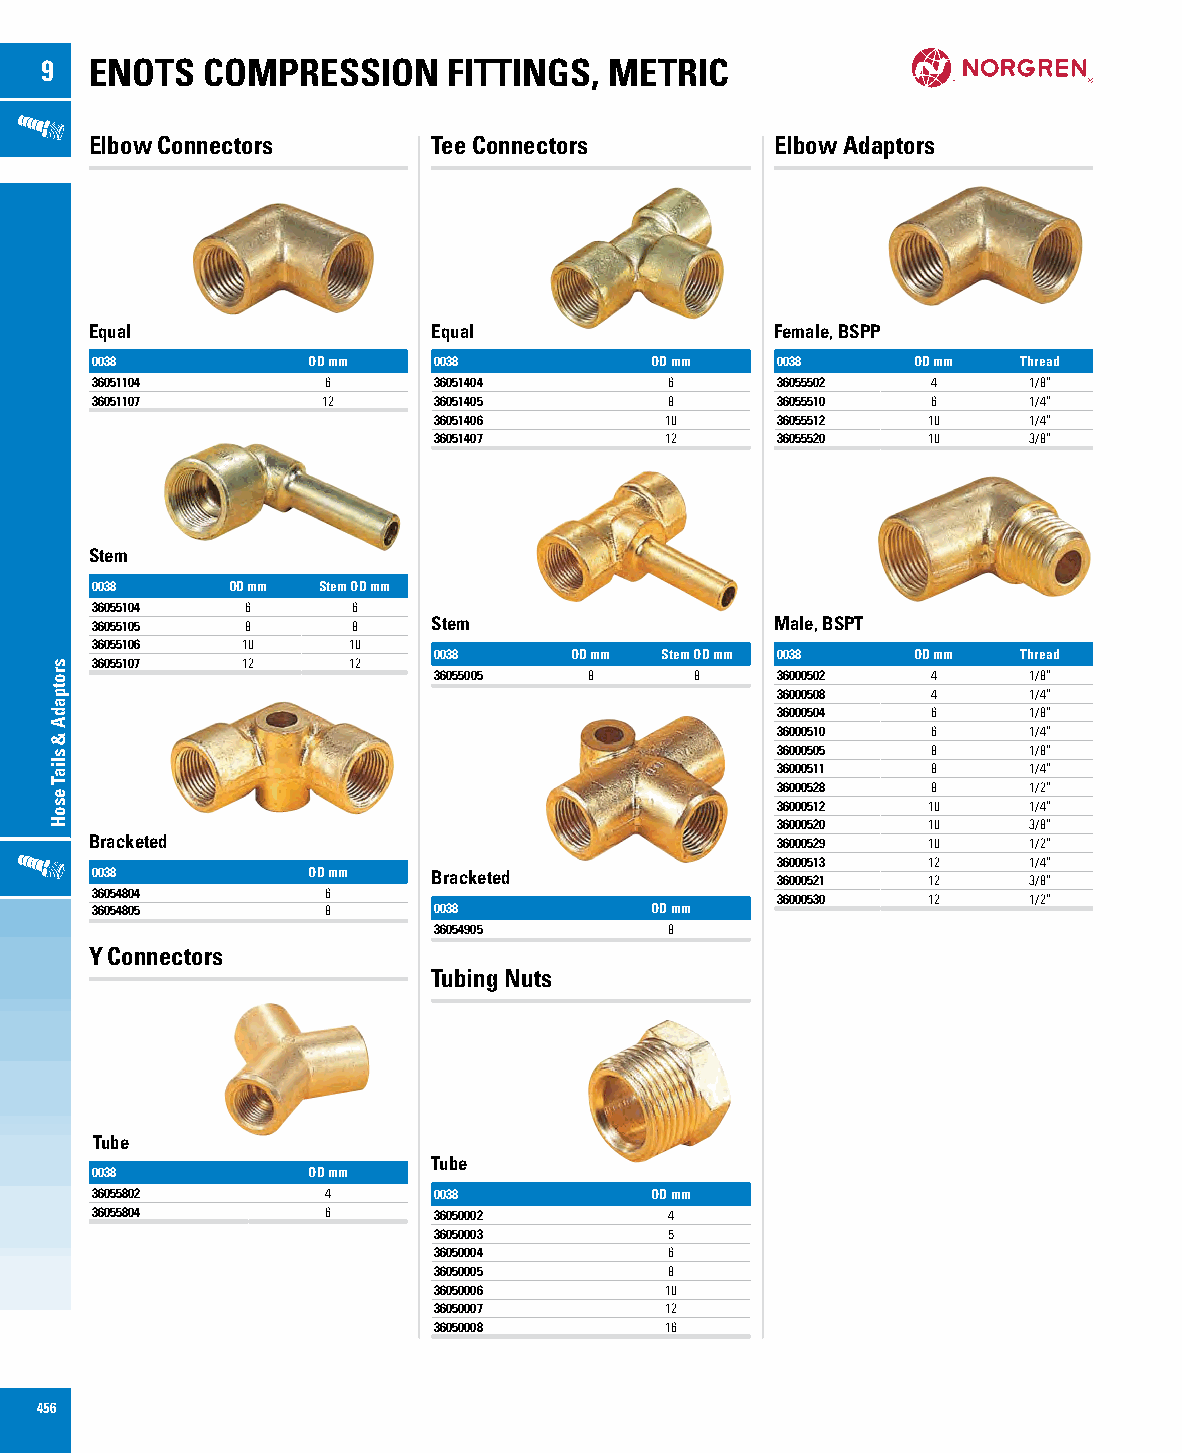
9  ENOTS  COMPRESSION      FITTINGS, METRIC
 Elbow Connectors       Tee Connectors        Elbow Adaptors
 Equal                  Equal                 Female, BSPP
 0038          OD mm    0038          OD mm   0038     OD mm   Thread
 36051104        6      36051404       6      36055502   4     1/8”
 36051107       12      36051405       8      36055510   6     1/4”
 36051406       10     36055512  10     1/4”
 36051407       12     36055520  10     3/8”
 Stem
 0038     OD mm Stem OD mm
 36055104  6      6
 36055105  8      8     Stem                  Male, BSPT
 36055106  10     10
 0038     OD mm Stem OD mm 0038 OD mm   Thread
 36055107  12     12
 36055005  8      8    36000502   4     1/8”
 36000508   4     1/4”
 36000504   6     1/8”
 36000510   6     1/4”
 36000505   8     1/8”
 36000511   8     1/4”
 36000528   8     1/2”
 36000512  10     1/4”
 36000520  10     3/8”
 Bracketed                                    36000529  10     1/2”
 36000513  12     1/4”
 0038          OD mm    Bracketed             36000521  12     3/8”
 36054804        6
 36000530  12     1/2”
 36054805        8      0038          OD mm
 36054905       8
 Y Connectors
 Tubing Nuts
 Tube
 Tube
 0038          OD mm
 36055802        4      0038          OD mm
 36055804        6      36050002       4
 36050003       5
 36050004       6
 36050005       8
 36050006       10
 36050007       12
 36050008       16
 456
 srotpadA
 &
 sliaT
 esoH